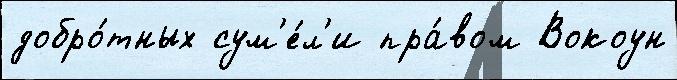
добро́тных сум'е́л'и пра́вом Вокоун